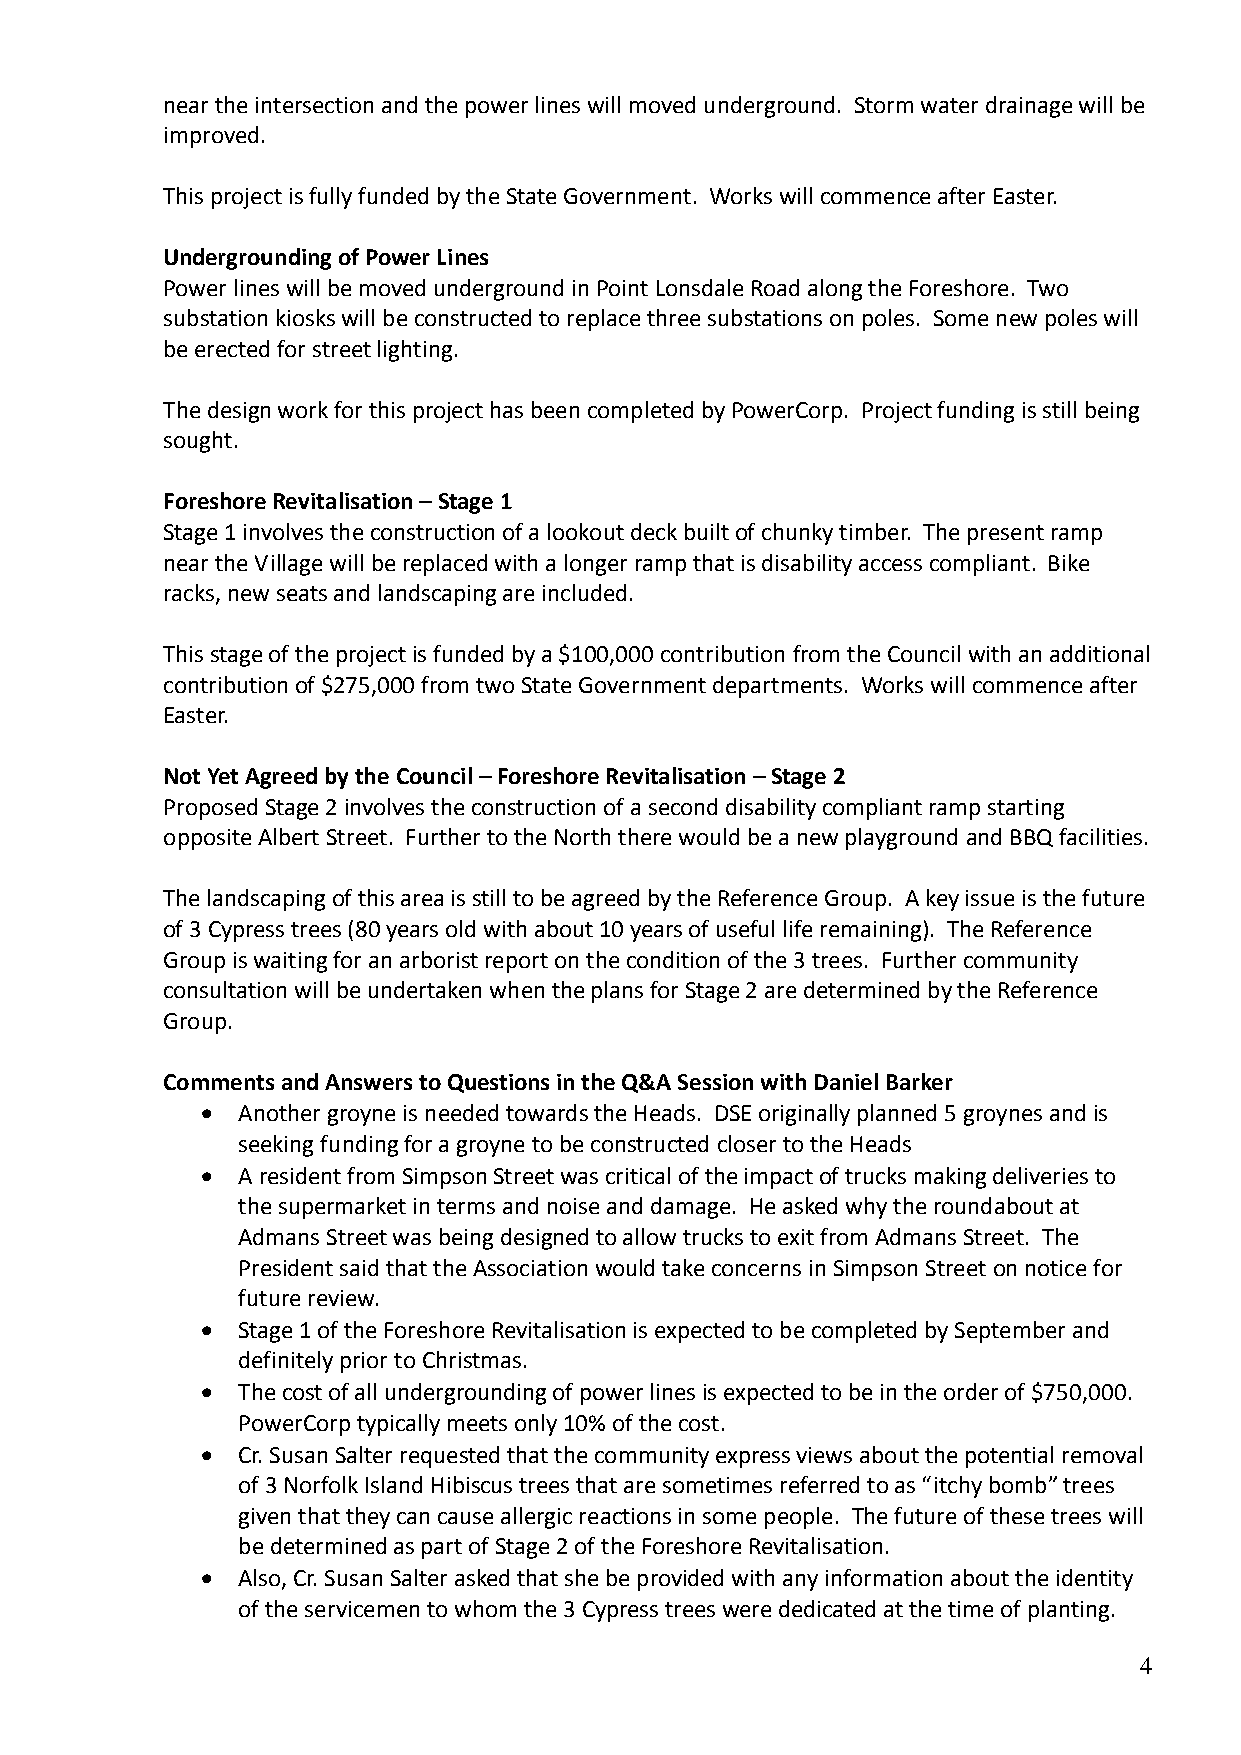
near the intersection and the power lines will moved underground. Storm water drainage will be
 improved.
 This project is fully funded by the State Government. Works will commence after Easter.
 Undergrounding of Power Lines
 Power lines will be moved underground in Point Lonsdale Road along the Foreshore. Two
 substation kiosks will be constructed to replace three substations on poles. Some new poles will
 be erected for street lighting.
 The design work for this project has been completed by PowerCorp. Project funding is still being
 sought.
 Foreshore Revitalisation – Stage 1
 Stage 1 involves the construction of a lookout deck built of chunky timber. The present ramp
 near the Village will be replaced with a longer ramp that is disability access compliant. Bike
 racks, new seats and landscaping are included.
 This stage of the project is funded by a $100,000 contribution from the Council with an additional
 contribution of $275,000 from two State Government departments. Works will commence after
 Easter.
 Not Yet Agreed by the Council – Foreshore Revitalisation – Stage 2
 Proposed Stage 2 involves the construction of a second disability compliant ramp starting
 opposite Albert Street. Further to the North there would be a new playground and BBQ facilities.
 The landscaping of this area is still to be agreed by the Reference Group. A key issue is the future
 of 3 Cypress trees (80 years old with about 10 years of useful life remaining). The Reference
 Group is waiting for an arborist report on the condition of the 3 trees. Further community
 consultation will be undertaken when the plans for Stage 2 are determined by the Reference
 Group.
 Comments and Answers to Questions in the Q&A Session with Daniel Barker
   Another groyne is needed towards the Heads. DSE originally planned 5 groynes and is
 seeking funding for a groyne to be constructed closer to the Heads
   A resident from Simpson Street was critical of the impact of trucks making deliveries to
 the supermarket in terms and noise and damage. He asked why the roundabout at
 Admans Street was being designed to allow trucks to exit from Admans Street. The
 President said that the Association would take concerns in Simpson Street on notice for
 future review.
   Stage 1 of the Foreshore Revitalisation is expected to be completed by September and
 definitely prior to Christmas.
   The cost of all undergrounding of power lines is expected to be in the order of $750,000.
 PowerCorp typically meets only 10% of the cost.
   Cr. Susan Salter requested that the community express views about the potential removal
 of 3 Norfolk Island Hibiscus trees that are sometimes referred to as “itchy bomb” trees
 given that they can cause allergic reactions in some people. The future of these trees will
 be determined as part of Stage 2 of the Foreshore Revitalisation.
   Also, Cr. Susan Salter asked that she be provided with any information about the identity
 of the servicemen to whom the 3 Cypress trees were dedicated at the time of planting.
 4